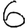
Digit: 6